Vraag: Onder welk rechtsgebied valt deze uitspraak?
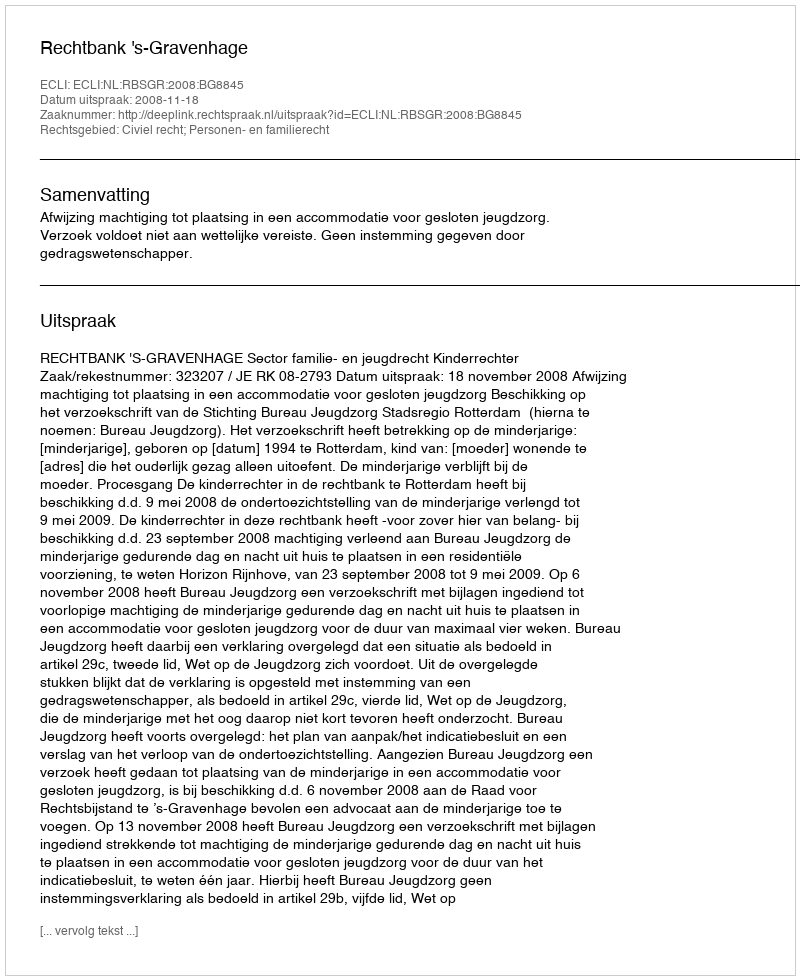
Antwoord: Civiel recht; Personen- en familierecht